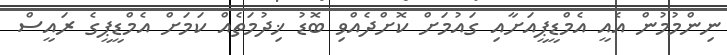
ނިންމުމުން އެއީ އެމްޑީޕީއަށާއި ގައުމަށް ކޮށްދެއްވި ބޮޑު ޚިދުމަތެއް ކަމަށް އެމްޑީޕީގެ ރައީސް